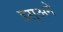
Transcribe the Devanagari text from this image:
इस्अने